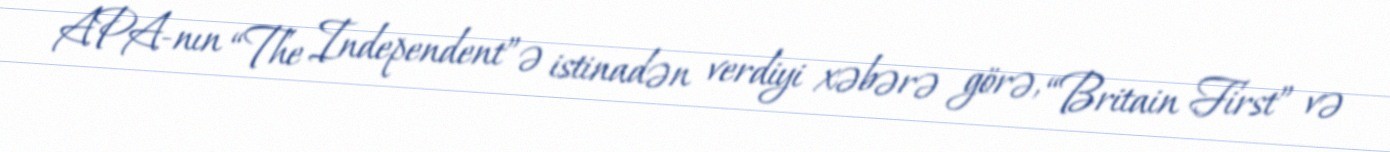
APA-nın “The Independent”ə istinadən verdiyi xəbərə görə, “Britain First” və